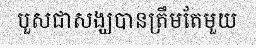
បួសជាសង្ឃបានត្រឹមតែមួយ